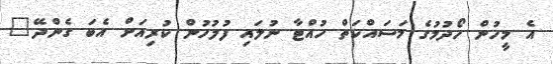
އެ މީހުން ހޯދުމުގެ މަސައްކަތް ހުއްޓާ ނުލައި ފުލުހުން ކުރިއަށް އެބަ ގެންދޭ"